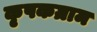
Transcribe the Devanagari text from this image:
कृषकग्राम